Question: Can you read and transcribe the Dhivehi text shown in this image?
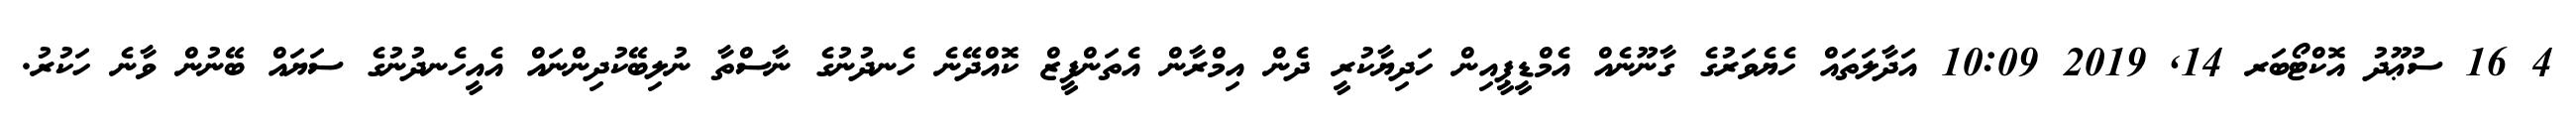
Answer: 4 16 ސުޢޫދު އޮކްޓޯބަރ 14, 2019 10:09 އަދާލަތައް ހެޔެވަރުގެ ގާނޫނެއް އެމްޑީޕީއިން ހަދިޔާކުރީ ދެން އިމްރާން އެތަންފީޒް ކޮއްދޭނެ ހެނދުނުގެ ނާސްތާ ނުލިބޭކުދިންނައް އެއީހެނދުނުގެ ސަޔައް ބޭނުން ވާނެ ހަކުރު.